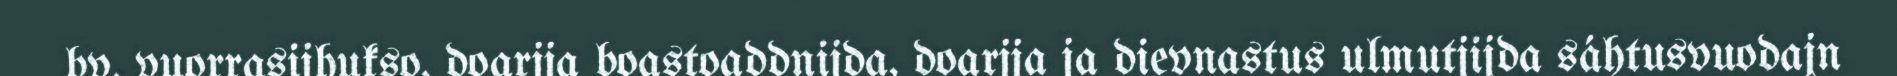
bv. vuorrasijhukso, doarjja boastoaddnijda, doarjja ja dievnastus ulmutjijda sáhtusvuodajn